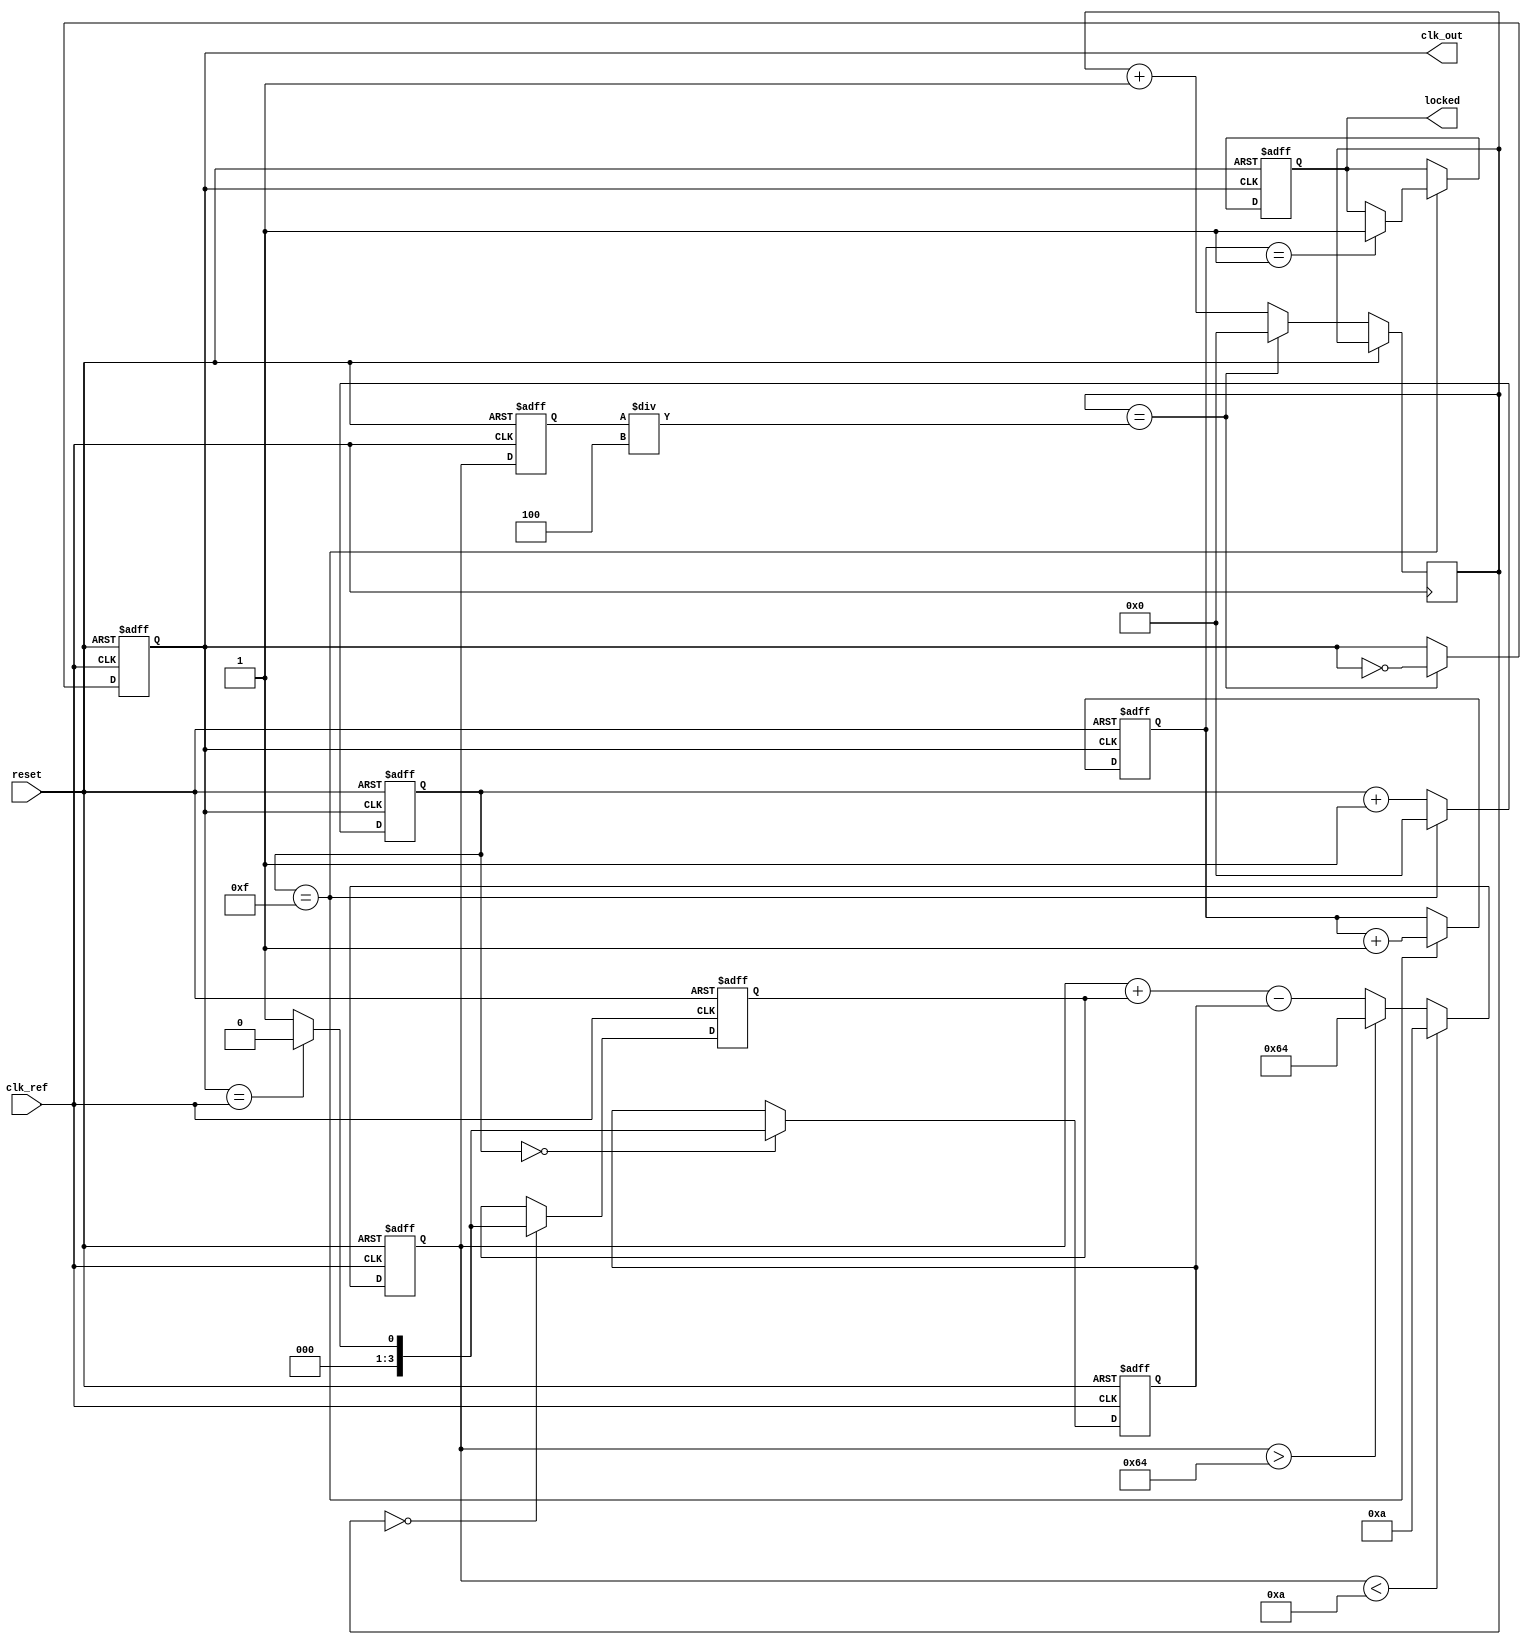
module dual_loop_pll (
    input wire clk_ref,          // Reference clock input
    input wire reset,            // Reset signal
    output reg clk_out,          // Output clock
    output reg locked            // Lock status
);

    // Parameters
    parameter integer DIV_FACTOR_INNER = 4; // Inner loop divider factor
    parameter integer DIV_FACTOR_OUTER = 16; // Outer loop divider factor
    parameter integer VCO_MAX_FREQ = 100;    // Max VCO frequency (arbitrary units)
    parameter integer VCO_MIN_FREQ = 10;     // Min VCO frequency (arbitrary units)

    // Internal signals
    reg [3:0] phase_error_inner; // Phase error for inner loop
    reg [3:0] phase_error_outer; // Phase error for outer loop
    reg [7:0] control_voltage;    // Control voltage for VCO
    reg [7:0] vco_frequency;      // Current VCO frequency
    reg [3:0] inner_counter;      // Inner loop counter
    reg [3:0] outer_counter;      // Outer loop counter
    reg [3:0] inner_divider;      // Inner loop divider
    reg [3:0] outer_divider;      // Outer loop divider

    // Phase Detector (PD)
    always @(posedge clk_ref or posedge reset) begin
        if (reset) begin
            phase_error_inner <= 0;
            phase_error_outer <= 0;
        end else begin
            // Simple phase comparison logic (for demonstration)
            if (inner_counter == 0) begin
                phase_error_inner <= (clk_out == clk_ref) ? 0 : 1; // Example phase error
            end
            if (outer_counter == 0) begin
                phase_error_outer <= (clk_out == clk_ref) ? 0 : 1; // Example phase error
            end
        end
    end

    // Loop Filter (LF)
    always @(posedge clk_ref or posedge reset) begin
        if (reset) begin
            control_voltage <= 0;
        end else begin
            // Simple low-pass filter implementation
            control_voltage <= control_voltage + phase_error_inner - phase_error_outer;
            // Clamp control voltage to VCO range
            if (control_voltage > VCO_MAX_FREQ) control_voltage <= VCO_MAX_FREQ;
            if (control_voltage < VCO_MIN_FREQ) control_voltage <= VCO_MIN_FREQ;
        end
    end

    // Voltage-Controlled Oscillator (VCO)
    always @(posedge clk_ref or posedge reset) begin
        if (reset) begin
            vco_frequency <= VCO_MIN_FREQ;
            clk_out <= 0;
        end else begin
            // Adjust VCO frequency based on control voltage
            vco_frequency <= control_voltage;
            // Generate output clock based on VCO frequency
            if (inner_counter == (vco_frequency / DIV_FACTOR_INNER)) begin
                clk_out <= ~clk_out;
                inner_counter <= 0;
            end else begin
                inner_counter <= inner_counter + 1;
            end
        end
    end

    // Frequency Divider for Outer Loop
    always @(posedge clk_out or posedge reset) begin
        if (reset) begin
            outer_counter <= 0;
            outer_divider <= 0;
            locked <= 0;
        end else begin
            if (outer_counter == DIV_FACTOR_OUTER - 1) begin
                outer_counter <= 0;
                outer_divider <= outer_divider + 1;
                // Check lock condition (simplified)
                if (outer_divider == 1) begin
                    locked <= 1; // Assume locked after one cycle
                end
            end else begin
                outer_counter <= outer_counter + 1;
            end
        end
    end

endmodule